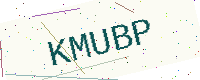
Text: KMUBP